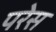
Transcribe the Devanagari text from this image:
परेस